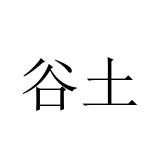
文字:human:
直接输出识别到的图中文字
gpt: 谷土